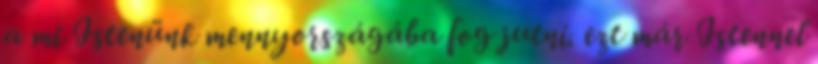
a mi Istenünk mennyországába fog jutni. ezt már Istennel